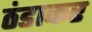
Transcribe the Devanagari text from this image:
ठंडाकर